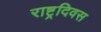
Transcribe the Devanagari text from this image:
राष्ट्रदिवस